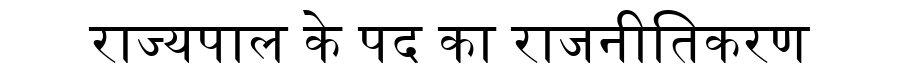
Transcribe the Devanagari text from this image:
राज्यपाल के पद का राजनीतिकरण